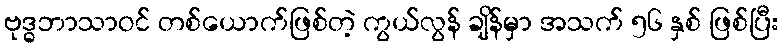
ဗုဒ္ဓဘာသာဝင် တစ်ယောက်ဖြစ်တဲ့ ကွယ်လွန် ချိန်မှာ အသက် ၅၆ နှစ် ဖြစ်ပြီး